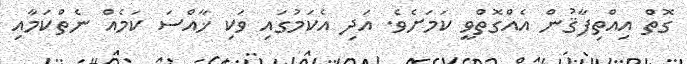
ގޮތް އިއްތިފާޤުން އެއްގޮތްވީ ކަމަށެވެ. އަދި އެކަމުގައި ވަކި ޚާއްސަ ކަމެއް ނެތްކަމާއި